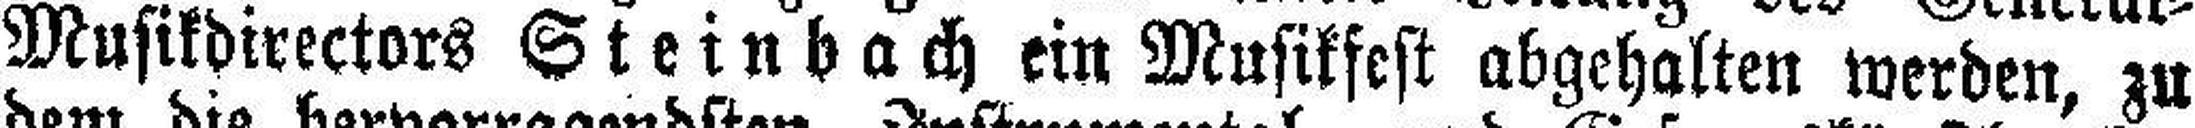
Musikdirectors Steinbach ein Musikfest abgehalten werden, zu